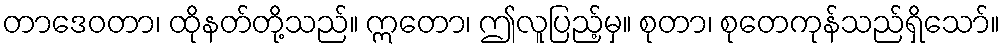
တာဒေဝတာ၊ ထိုနတ်တို့သည်။ ဣတော၊ ဤလူပြည့်မှ။ စုတာ၊ စုတေကုန်သည်ရှိသော်။